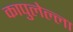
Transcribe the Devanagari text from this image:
कापुलेल्ला